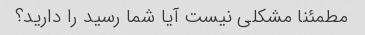
مطمئنا مشکلی نیست آیا شما رسید را دارید؟